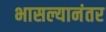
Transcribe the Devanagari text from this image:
भासल्यानंतर